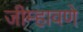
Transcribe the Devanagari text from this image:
जीम्हावणे